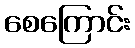
စေကြောင်း